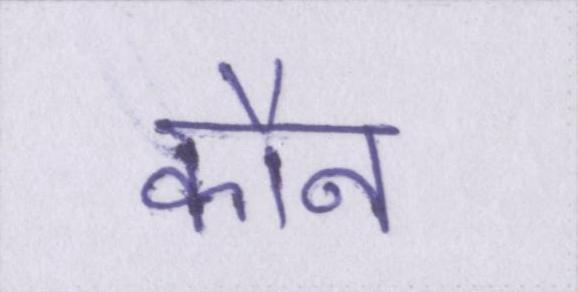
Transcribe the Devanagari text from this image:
कौन